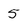
Character: 5